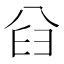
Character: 𠔒